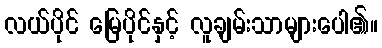
လယ်ပိုင် မြေပိုင်နှင့် လူချမ်းသာများပေါ၏။